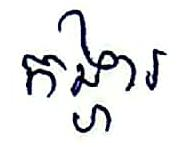
កង្ហារ